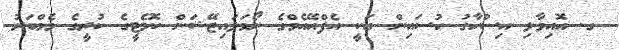
ގ. އޮއިވާލި އިސްހާގު ހުސައިން އަކީ އެފްއޭއެމްގެ ނޯމަލައިޒޭޝަން ކޮމެޓީގެ ކުރީގެ މެމްބަރު